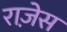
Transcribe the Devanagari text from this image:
राज़ेस